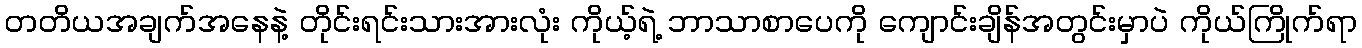
တတိယအချက်အနေနဲ့ တိုင်းရင်းသားအားလုံး ကိုယ့်ရဲ့ ဘာသာစာပေကို ကျောင်းချိန်အတွင်းမှာပဲ ကိုယ်ကြိုက်ရာ